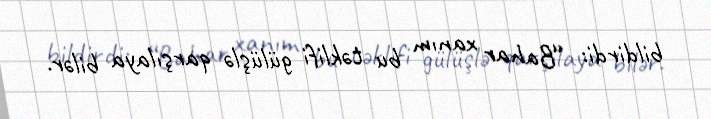
bildirdi: “Bahar xanım bu təklifi gülüşlə qarşılaya bilər.